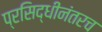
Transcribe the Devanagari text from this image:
प्रसिद्धीनंतरच